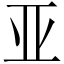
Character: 亚